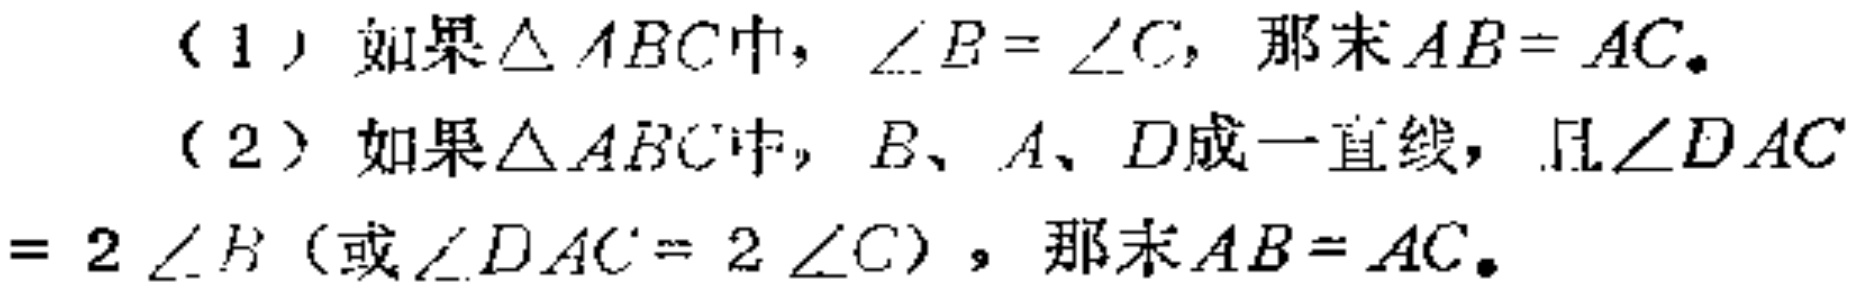
（1）如果$\triangle ABC$中，$\angle B = \angle C$，那么$AB = AC$。
（2）如果$\triangle ABC$中，$B、A、D$成一直线，且$\angle DAC = 2\angle B$（或$\angle DAC = 2\angle C$），那么$AB = AC$。